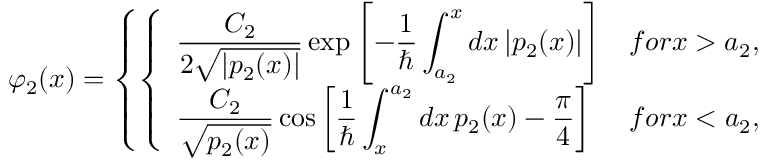
\varphi _ { 2 } ( x ) = \left\{ \left\{ \begin{array} { l l } { { \displaystyle { \frac { C _ { 2 } } { 2 \sqrt { | p _ { 2 } ( x ) | } } } \exp \left[ - { \frac { 1 } { \hbar } } \int _ { a _ { 2 } } ^ { x } d x \, | p _ { 2 } ( x ) | \right] } } & { { f o r x > a _ { 2 } , } } \\ { { \displaystyle { \frac { C _ { 2 } } { \sqrt { p _ { 2 } ( x ) } } } \cos \left[ { \frac { 1 } { \hbar } } \int _ { x } ^ { a _ { 2 } } d x \, p _ { 2 } ( x ) - { \frac { \pi } { 4 } } \right] } } & { { f o r x < a _ { 2 } , } } \end{array} \right. \right.